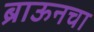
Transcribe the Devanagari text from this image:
ब्राऊनचा